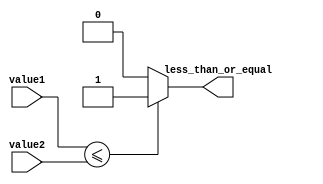
module less_than_or_equal_to_comparator (
    input [7:0] value1,
    input [7:0] value2,
    output less_than_or_equal
);

reg less_than_or_equal;

always @* begin
    if (value1 <= value2) begin
        less_than_or_equal = 1;
    end else begin
        less_than_or_equal = 0;
    end
end

endmodule